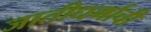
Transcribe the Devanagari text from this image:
जातीधर्माची